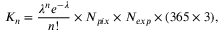
K _ { n } = \frac { \lambda ^ { n } e ^ { - \lambda } } { n ! } \times N _ { p i x } \times N _ { e x p } \times ( 3 6 5 \times 3 ) ,